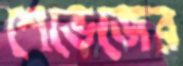
শেভেজের